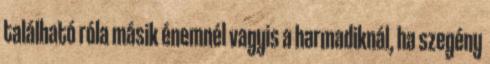
található róla másik énemnél vagyis a harmadiknál, ha szegény